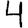
Digit: 4